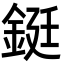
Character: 鋌